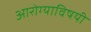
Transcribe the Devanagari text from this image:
आरोग्याविषयी